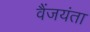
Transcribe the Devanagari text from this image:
वैंजयंता